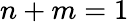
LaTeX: n+m=1